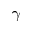
\gamma